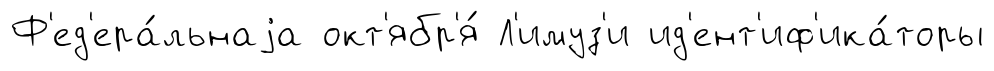
Ф'ед'ера́льнаjа окт'ябр'я́ Л'имуз'и ид'ент'иф'ика́торы